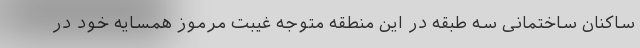
ساکنان ساختمانی سه طبقه در این منطقه متوجه غیبت مرموز همسایه خود در